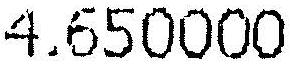
4.650000